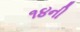
૧૪ની